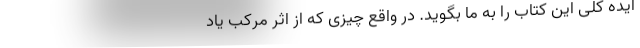
ایده کلی این کتاب را به ما بگوید. در واقع چیزی که از اثر مرکب یاد